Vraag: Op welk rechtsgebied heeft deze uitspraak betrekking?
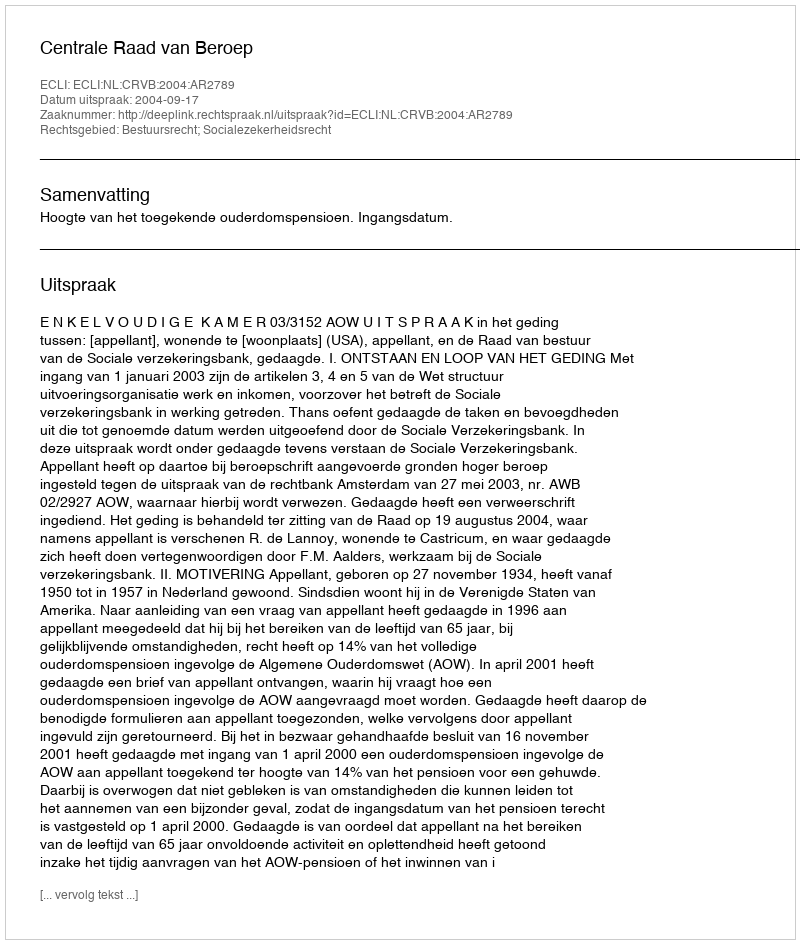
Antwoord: Bestuursrecht; Socialezekerheidsrecht